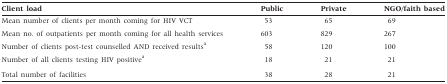
| Client load | Public | Private | NGO/faith based |
 | --- | --- | --- | --- |
 | Mean number of clients per month coming for HIV VCT | 53 | 65 | 69 |
 | Mean no. of outpatients per month coming for all health services | 603 | 829 | 267 |
 | Number of clients post-test counselled AND received resultsa | 58 | 120 | 100 |
 | Number of all clients testing HIV positivea | 18 | 21 | 21 |
 | Total number of facilities | 38 | 28 | 21 |